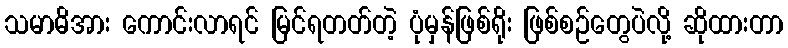
သမာဓိအား ကောင်းလာရင် မြင်ရတတ်တဲ့ ပုံမှန်ဖြစ်ရိုး ဖြစ်စဉ်တွေပဲလို့ ဆိုထားတာ